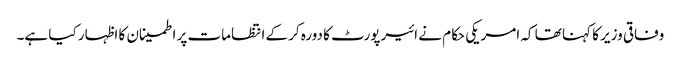
وفاقی وزیر کا کہنا تھا کہ امریکی حکام نے ائیرپورٹ کا دورہ کرکے انتظامات پر اطمینان کا اظہار کیا ہے۔